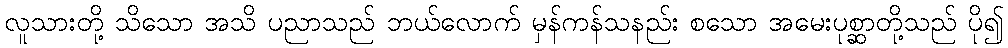
လူသားတို့ သိသော အသိ ပညာသည် ဘယ်လောက် မှန်ကန်သနည်း စသော အမေးပုစ္ဆာတို့သည် ပို၍